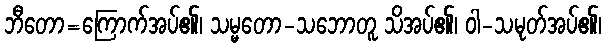
ဘီတော=ကြောက်အပ်၏၊ သမ္မတော-သဘောတူ သိအပ်၏၊ ဝါ-သမုတ်အပ်၏၊